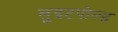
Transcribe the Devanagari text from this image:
लुइटपोल्ड